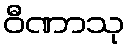
ဝီဏာသု